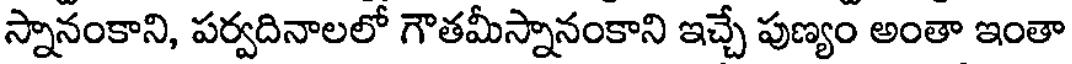
స్నానంకాని, పర్వదినాలలో గౌతమీస్నానంకాని ఇచ్చే పుణ్యం అంతా ఇంతా